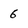
Character: 6